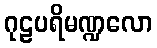
ဂုဠပရိမဏ္ဍလော